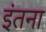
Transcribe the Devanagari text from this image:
इंतना